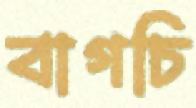
বাগচি